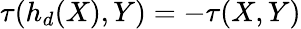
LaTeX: \tau(h_{d}(X),Y)=-\tau(X,Y)